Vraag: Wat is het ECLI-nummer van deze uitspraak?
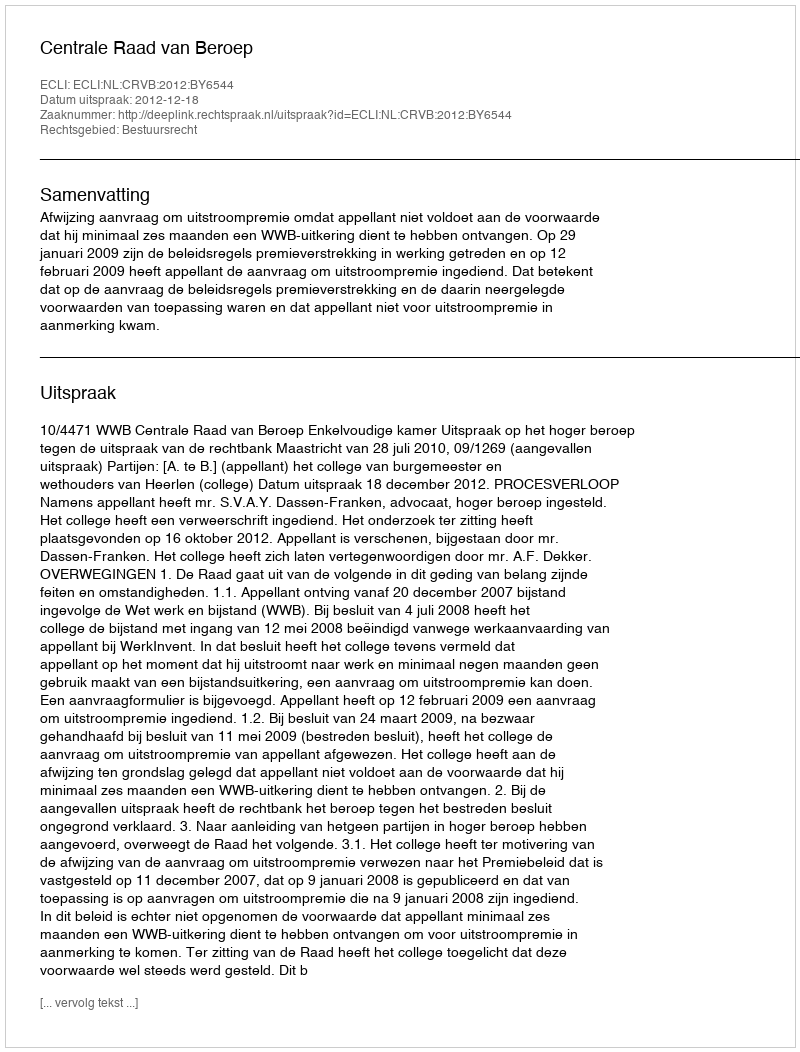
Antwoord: ECLI:NL:CRVB:2012:BY6544